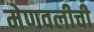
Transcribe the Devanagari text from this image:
मेणवलीची